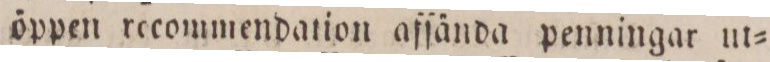
öppen recommendation afſända penningar ut=